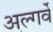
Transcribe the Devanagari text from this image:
अल्गर्वे